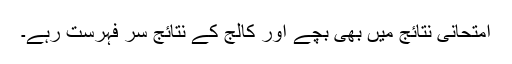
امتحانی نتائج میں بھی بچے اور کالج کے نتائج سرِ فہرست رہے۔